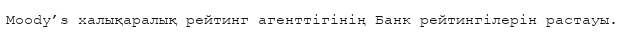
Moody’s халықаралық рейтинг агенттігінің Банк рейтингілерін растауы.